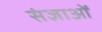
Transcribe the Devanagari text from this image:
संज्ञाओें